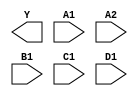
module sky130_fd_sc_hd__a2111oi (
    Y ,
    A1,
    A2,
    B1,
    C1,
    D1
);

    output Y ;
    input  A1;
    input  A2;
    input  B1;
    input  C1;
    input  D1;

    // Voltage supply signals
    supply1 VPWR;
    supply0 VGND;
    supply1 VPB ;
    supply0 VNB ;

endmodule